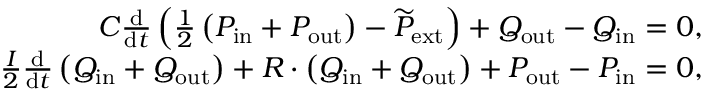
\begin{array} { r } { C \frac { \mathrm { d } } { \mathrm { d } t } \left( \frac { 1 } { 2 } \left( P _ { \mathrm { i n } } + P _ { \mathrm { o u t } } \right) - \widetilde { P } _ { \mathrm { e x t } } \right) + Q _ { \mathrm { o u t } } - Q _ { \mathrm { i n } } = 0 , } \\ { \frac { I } { 2 } \frac { \mathrm { d } } { \mathrm { d } t } \left( Q _ { \mathrm { i n } } + Q _ { \mathrm { o u t } } \right) + R \cdot \left( Q _ { \mathrm { i n } } + Q _ { \mathrm { o u t } } \right) + P _ { \mathrm { o u t } } - P _ { \mathrm { i n } } = 0 , } \end{array}